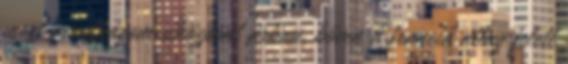
mert mindhárom síközpont árban, bőven a francia átlag felett